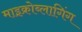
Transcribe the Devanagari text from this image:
माइक्रोब्लागिंग